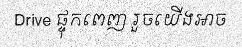
Drive ផ្ទុកពេញ រួចយើងអាច